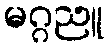
မဂ္ဂညူ